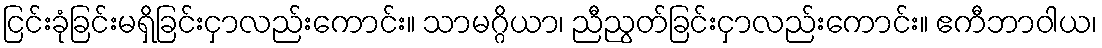
ငြင်းခုံခြင်းမရှိခြင်းငှာလည်းကောင်း။ သာမဂ္ဂိယာ၊ ညီညွတ်ခြင်းငှာလည်းကောင်း။ ဧကီဘာဝါယ၊